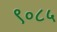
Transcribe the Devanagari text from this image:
९०८५